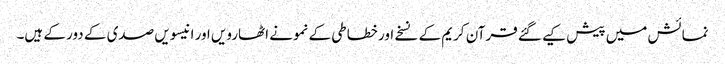
نمائش میں پیش کیے گئے قرآن کریم کے نسخے اور خطاطی کے نمونے اٹھارویں اور انیسویں صدی کے دور کے ہیں۔